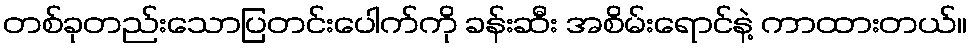
တစ်ခုတည်းသောပြတင်းပေါက်ကို ခန်းဆီး အစိမ်းရောင်နဲ့ ကာထားတယ်။